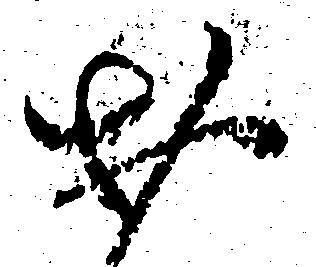
お